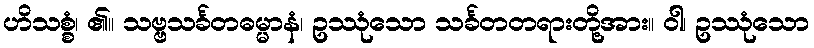
ဟိသစ္စံ၊ ၏။ သဗ္ဗသင်္ခတဓမ္မာနံ၊ ဥဿုံသော သင်္ခတတရားတို့အား။ ဝါ၊ ဥဿုံသော